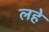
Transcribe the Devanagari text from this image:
लहे